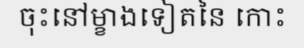
ចុះនៅម្ខាងទៀតនៃ កោះ